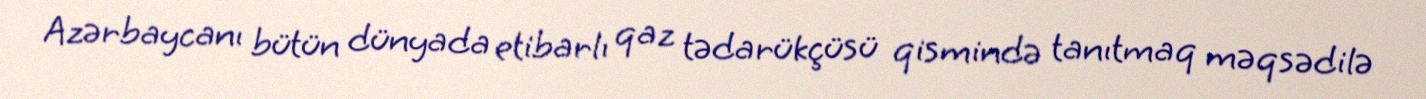
Azərbaycanı bütün dünyada etibarlı qaz tədarükçüsü qismində tanıtmaq məqsədilə